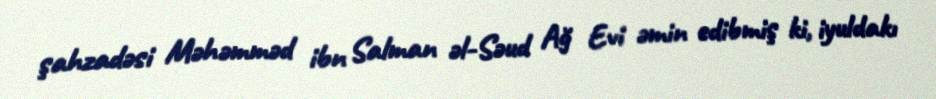
şahzadəsi Məhəmməd ibn Salman əl-Səud Ağ Evi əmin edibmiş ki, iyuldakı